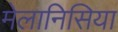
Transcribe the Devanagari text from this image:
मेलानिसिया